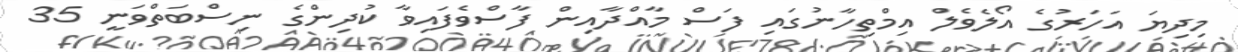
މިދިޔަ އަހަރުގެ އޯލެވެލް އިމްތިހާނުގައި ފަސް މާއްދާއިން ފާސްވެފައިވާ ކުދިންގެ ނިސްބަތްވަނީ 35